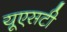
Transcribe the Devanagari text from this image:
यूएसटी